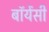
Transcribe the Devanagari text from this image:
बॉयेंसी